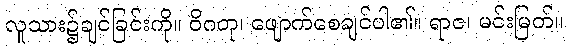
လူသား၌ချင်ခြင်းကို။ ဝိဂတု၊ ဖျောက်စေချင်ပါ၏။ ရာဇ၊ မင်းမြတ်။